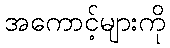
အကောင့်များကို